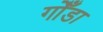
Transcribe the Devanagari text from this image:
गोँडा